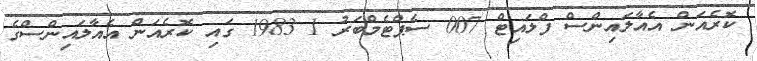
ކޮރެއަން އެއާލައިންސް ފްލައިޓް 007 ސެޕްޓެމްބަރު 1 1983 ގައި ކޮރެއަން އެއާލައިންސްގެ